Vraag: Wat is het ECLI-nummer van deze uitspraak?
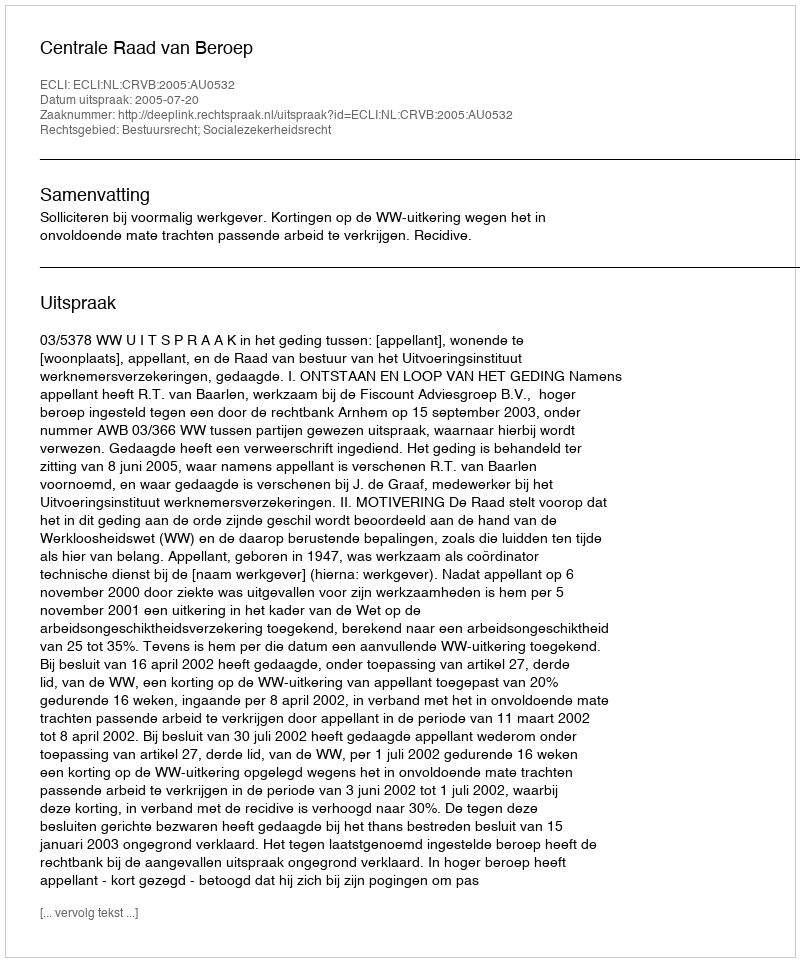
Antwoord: ECLI:NL:CRVB:2005:AU0532